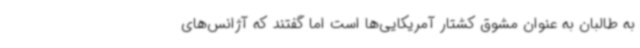
به طالبان به عنوان مشوق کشتار آمریکایی‌ها است اما گفتند که آژانس‌های